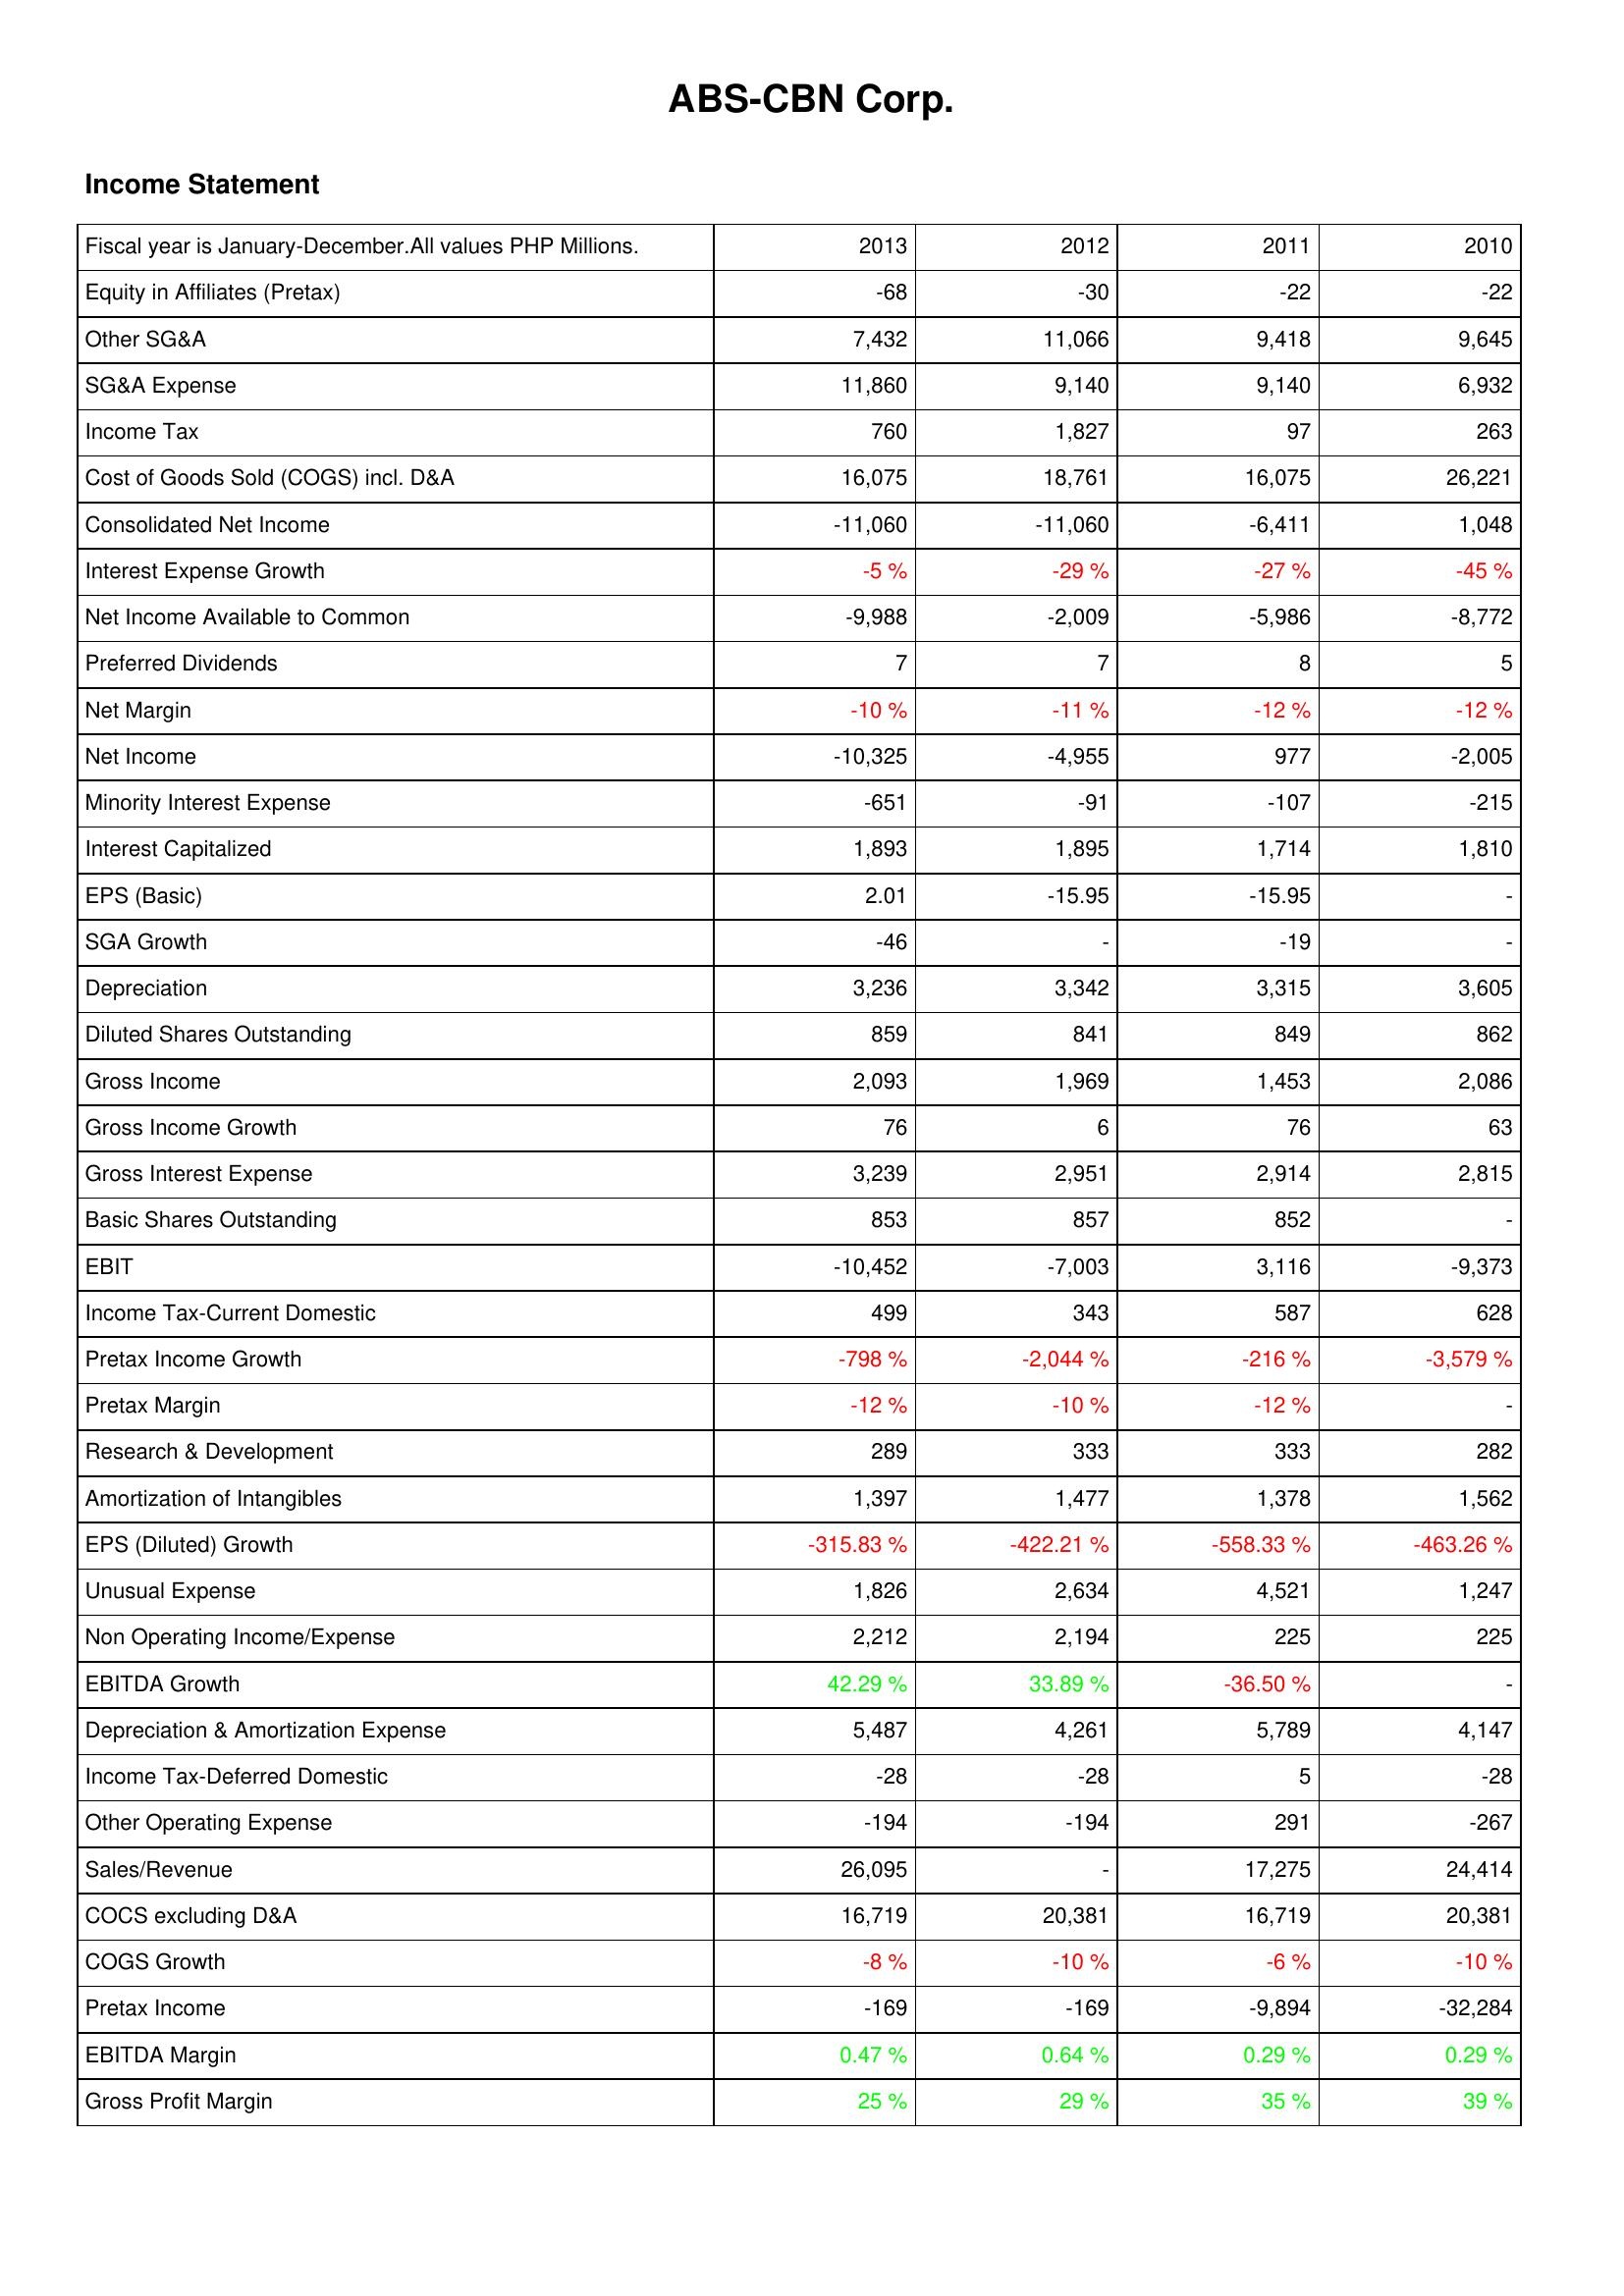
2013: Income Statement: Equity in Affiliates (Pretax): -68
Other SG&A: 7,432
SG&A Expense: 11,860
Income Tax: 760
Cost of Goods Sold (COGS) incl. D&A: 16,075
Consolidated Net Income: -11,060
Interest Expense Growth: -5 %
Net Income Available to Common: -9,988
Preferred Dividends: 7
Net Margin: -10 %
Net Income: -10,325
Minority Interest Expense: -651
Interest Capitalized: 1,893
EPS (Basic): 2.01
SGA Growth: -46
Depreciation: 3,236
Diluted Shares Outstanding: 859
Gross Income: 2,093
Gross Income Growth: 76
Gross Interest Expense: 3,239
Basic Shares Outstanding: 853
EBIT: -10,452
Income Tax-Current Domestic: 499
Pretax Income Growth: -798 %
Pretax Margin: -12 %
Research & Development: 289
Amortization of Intangibles: 1,397
EPS (Diluted) Growth: -315.83 %
Unusual Expense: 1,826
Non Operating Income/Expense: 2,212
EBITDA Growth: 42.29 %
Depreciation & Amortization Expense: 5,487
Income Tax-Deferred Domestic: -28
Other Operating Expense: -194
Sales/Revenue: 26,095
COCS excluding D&A: 16,719
COGS Growth: -8 %
Pretax Income: -169
EBITDA Margin: 0.47 %
Gross Profit Margin: 25 %
2012: Income Statement: Equity in Affiliates (Pretax): -30
Other SG&A: 11,066
SG&A Expense: 9,140
Income Tax: 1,827
Cost of Goods Sold (COGS) incl. D&A: 18,761
Consolidated Net Income: -11,060
Interest Expense Growth: -29 %
Net Income Available to Common: -2,009
Preferred Dividends: 7
Net Margin: -11 %
Net Income: -4,955
Minority Interest Expense: -91
Interest Capitalized: 1,895
EPS (Basic): -15.95
SGA Growth: -
Depreciation: 3,342
Diluted Shares Outstanding: 841
Gross Income: 1,969
Gross Income Growth: 6
Gross Interest Expense: 2,951
Basic Shares Outstanding: 857
EBIT: -7,003
Income Tax-Current Domestic: 343
Pretax Income Growth: -2,044 %
Pretax Margin: -10 %
Research & Development: 333
Amortization of Intangibles: 1,477
EPS (Diluted) Growth: -422.21 %
Unusual Expense: 2,634
Non Operating Income/Expense: 2,194
EBITDA Growth: 33.89 %
Depreciation & Amortization Expense: 4,261
Income Tax-Deferred Domestic: -28
Other Operating Expense: -194
Sales/Revenue: -
COCS excluding D&A: 20,381
COGS Growth: -10 %
Pretax Income: -169
EBITDA Margin: 0.64 %
Gross Profit Margin: 29 %
2011: Income Statement: Equity in Affiliates (Pretax): -22
Other SG&A: 9,418
SG&A Expense: 9,140
Income Tax: 97
Cost of Goods Sold (COGS) incl. D&A: 16,075
Consolidated Net Income: -6,411
Interest Expense Growth: -27 %
Net Income Available to Common: -5,986
Preferred Dividends: 8
Net Margin: -12 %
Net Income: 977
Minority Interest Expense: -107
Interest Capitalized: 1,714
EPS (Basic): -15.95
SGA Growth: -19
Depreciation: 3,315
Diluted Shares Outstanding: 849
Gross Income: 1,453
Gross Income Growth: 76
Gross Interest Expense: 2,914
Basic Shares Outstanding: 852
EBIT: 3,116
Income Tax-Current Domestic: 587
Pretax Income Growth: -216 %
Pretax Margin: -12 %
Research & Development: 333
Amortization of Intangibles: 1,378
EPS (Diluted) Growth: -558.33 %
Unusual Expense: 4,521
Non Operating Income/Expense: 225
EBITDA Growth: -36.50 %
Depreciation & Amortization Expense: 5,789
Income Tax-Deferred Domestic: 5
Other Operating Expense: 291
Sales/Revenue: 17,275
COCS excluding D&A: 16,719
COGS Growth: -6 %
Pretax Income: -9,894
EBITDA Margin: 0.29 %
Gross Profit Margin: 35 %
2010: Income Statement: Equity in Affiliates (Pretax): -22
Other SG&A: 9,645
SG&A Expense: 6,932
Income Tax: 263
Cost of Goods Sold (COGS) incl. D&A: 26,221
Consolidated Net Income: 1,048
Interest Expense Growth: -45 %
Net Income Available to Common: -8,772
Preferred Dividends: 5
Net Margin: -12 %
Net Income: -2,005
Minority Interest Expense: -215
Interest Capitalized: 1,810
EPS (Basic): -
SGA Growth: -
Depreciation: 3,605
Diluted Shares Outstanding: 862
Gross Income: 2,086
Gross Income Growth: 63
Gross Interest Expense: 2,815
Basic Shares Outstanding: -
EBIT: -9,373
Income Tax-Current Domestic: 628
Pretax Income Growth: -3,579 %
Pretax Margin: -
Research & Development: 282
Amortization of Intangibles: 1,562
EPS (Diluted) Growth: -463.26 %
Unusual Expense: 1,247
Non Operating Income/Expense: 225
EBITDA Growth: -
Depreciation & Amortization Expense: 4,147
Income Tax-Deferred Domestic: -28
Other Operating Expense: -267
Sales/Revenue: 24,414
COCS excluding D&A: 20,381
COGS Growth: -10 %
Pretax Income: -32,284
EBITDA Margin: 0.29 %
Gross Profit Margin: 39 %